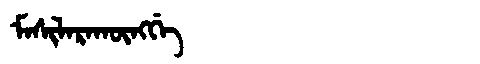
Manchu: ᠮᠠᠰᡳᠯᠠᡵᠠᡴᡡᠩᡤᡝ
Romanization: MASILARAKŪNGGE